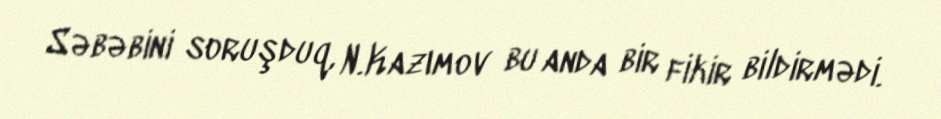
Səbəbini soruşduq, N.Kazımov bu anda bir fikir bildirmədi.